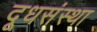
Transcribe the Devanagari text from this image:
दूधसंस्था